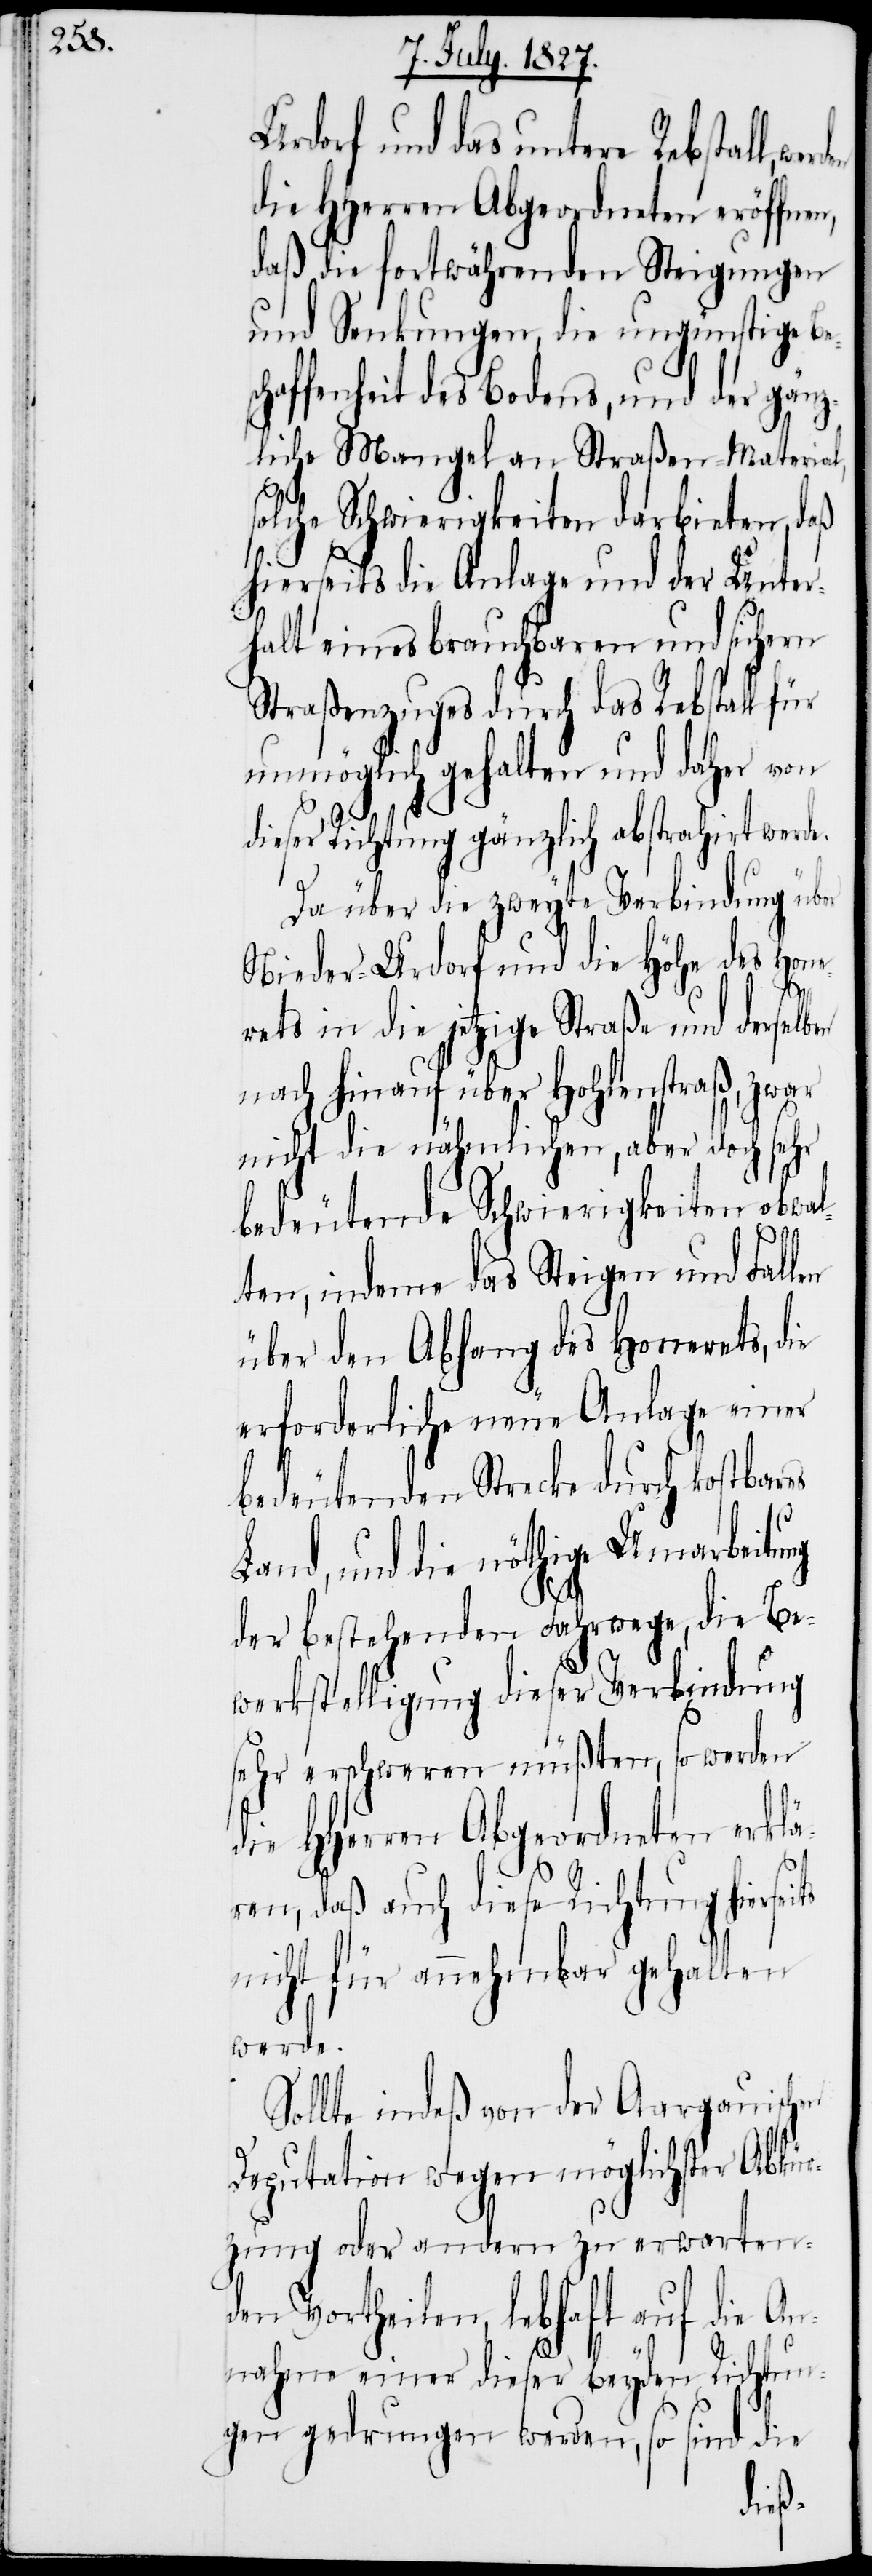
Urdorf und das untere Rebstall,
die HHerren Abgeordneten eröffnen,
daß die fortwährenden Steigungen
und Senkungen, die ungünstige Be¬
haffenheit des Bodens, und der gänz¬
liche Mangel an Straßen-Material,
solche Schwierigkeiten darbieten, daß
hierseits die Anlage und der Unter¬
halt eines brauchbaren und sichern
Straßenzuges durch das Rebstall für
unmöglich gehalten und daher von
dieser Richtung gänzlich abstrahirt werde.
Da über die zweyte Verbindung über
Nieder-Urdorf und die Höhe des Hone¬
sc¬
rets in die jetzige Straße und derselben
nach hinauf über Hohlenstraß, zwar
nicht die nähmlichen, aber doch sehr
bedeutende Schwierigkeiten obwal¬
ten, indeme das Steigen und Fallen
über den Abhang des Honerets, die
erforderliche neue Anlage einer
bedeutenden Strecke durch kostbares
Land, und die nöthige Umarbeitung
der bestehenden Fahrwege, die Be¬
werkstelligung dieser Verbindung
sehr erschweren müßten, so werden
die HHerren Abgeordneten erklä¬
ren, daß auch diese Richtung hierseits
nicht für annehmbar gehalten
werde.
Sollte indeß von der Aargauischen
Deputation wegen möglichster Abkür¬
zung oder andern zu erwarten¬
den Vortheilen, lebhaft auf die An¬
nahme einer dieser beyden Richtun¬
gen gedrungen werden, so sind die